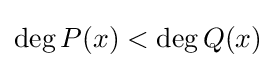
\deg P(x)<\deg Q(x)